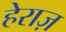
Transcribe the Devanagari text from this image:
हेराज़